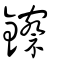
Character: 鑔